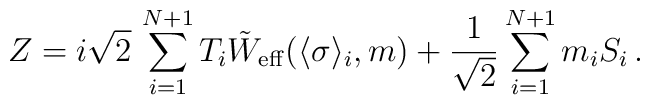
Z = i\sqrt{2}\, \sum_{i=1}^{N+1}T_{i} \tilde W_{\rm eff}(\langle\sigma\rangle _{i},m) + {1\over\sqrt{2}}\sum_{i=1}^{N+1} m_{i}S_{i}\, .